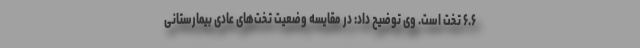
۶.۶ تخت است. وی توضیح داد: در مقایسه وضعیت تخت‌های عادی بیمارستانی